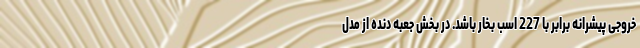
خروجی پیشرانه برابر با 227 اسب بخار باشد. در بخش جعبه دنده از مدل